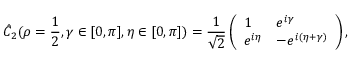
\hat { C } _ { 2 } ( \rho = \frac { 1 } { 2 } , \gamma \in [ 0 , \pi ] , \eta \in [ 0 , \pi ] ) = \frac { 1 } { \sqrt { 2 } } \left( \begin{array} { l l } { 1 } & { e ^ { i \gamma } } \\ { e ^ { i \eta } } & { - e ^ { i ( \eta + \gamma ) } } \end{array} \right) ,